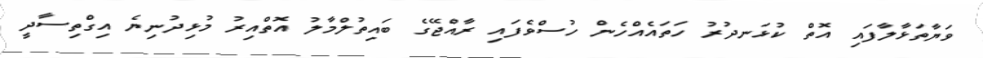
ވަޔާތަޅާލާފައި އޮތް ކުޅަނދުރު ހަތައެއްހެން ހުސްވެފައި ރާއްޖޭގެ ބައިތުލްމާލު އޮތްއިރު މުޅިދުނިޔެ އިގްތިސާދީ